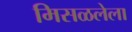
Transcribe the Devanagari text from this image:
मिसळलेला